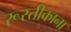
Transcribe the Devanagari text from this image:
रूस्तीकाना